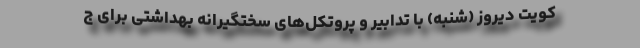
کویت دیروز (شنبه) با تدابیر و پروتکل‌های سختگیرانه بهداشتی برای ج